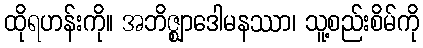
ထိုရဟန်းကို။ အဘိဇ္ဈာဒေါမနဿာ၊ သူ့စည်းစိမ်ကို